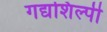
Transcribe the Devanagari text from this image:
गद्यशिल्पी